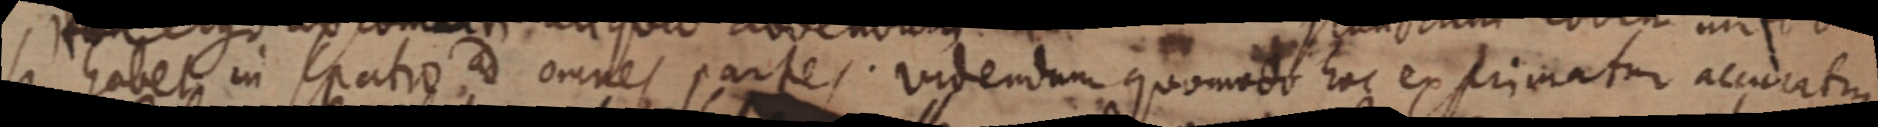
se habet in spatio ad omnes partes. videndum quomodo hac exprimatur accuratur